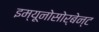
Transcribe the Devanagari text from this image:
इम्यूनोसोर्बेन्ट